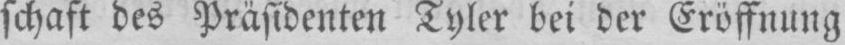
schaft des Präsidenten Tyler bei der Eröffnung